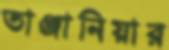
তাঞ্জানিয়ার